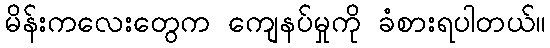
မိန်းကလေးတွေက ကျေနပ်မှုကို ခံစားရပါတယ်။